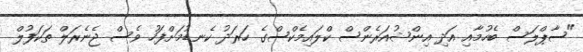
"ސާޕްލަސް ބެހުމާއި އަދި އިންޝުއަރެންސް ކްލައިމެކްސްގެ ހަރަދު ކެނޑުމަށްފަހު ވެސް ޖެނެރަލް ތަކަފުލް